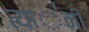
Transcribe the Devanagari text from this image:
त्या॑नी